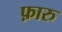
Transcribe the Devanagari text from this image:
फ़ारु